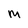
Character: m